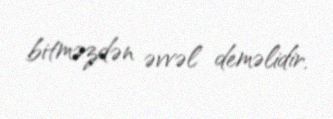
bitməzdən əvvəl deməlidir.